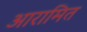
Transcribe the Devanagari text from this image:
आरामित